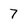
Character: 7